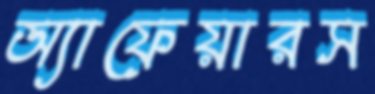
অ্যাফেয়ারস